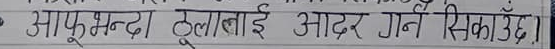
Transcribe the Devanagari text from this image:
आफूभन्दा ठूलोलाई आदर गर्न सिकाउँदै।